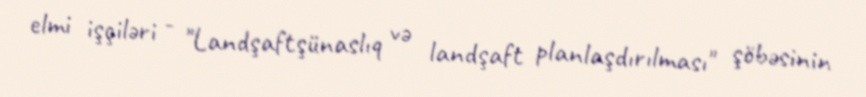
elmi işçiləri - "Landşaftşünaslıq və landşaft planlaşdırılması" şöbəsinin